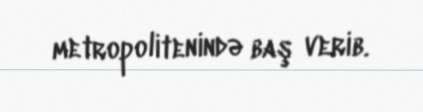
metropolitenində baş verib.